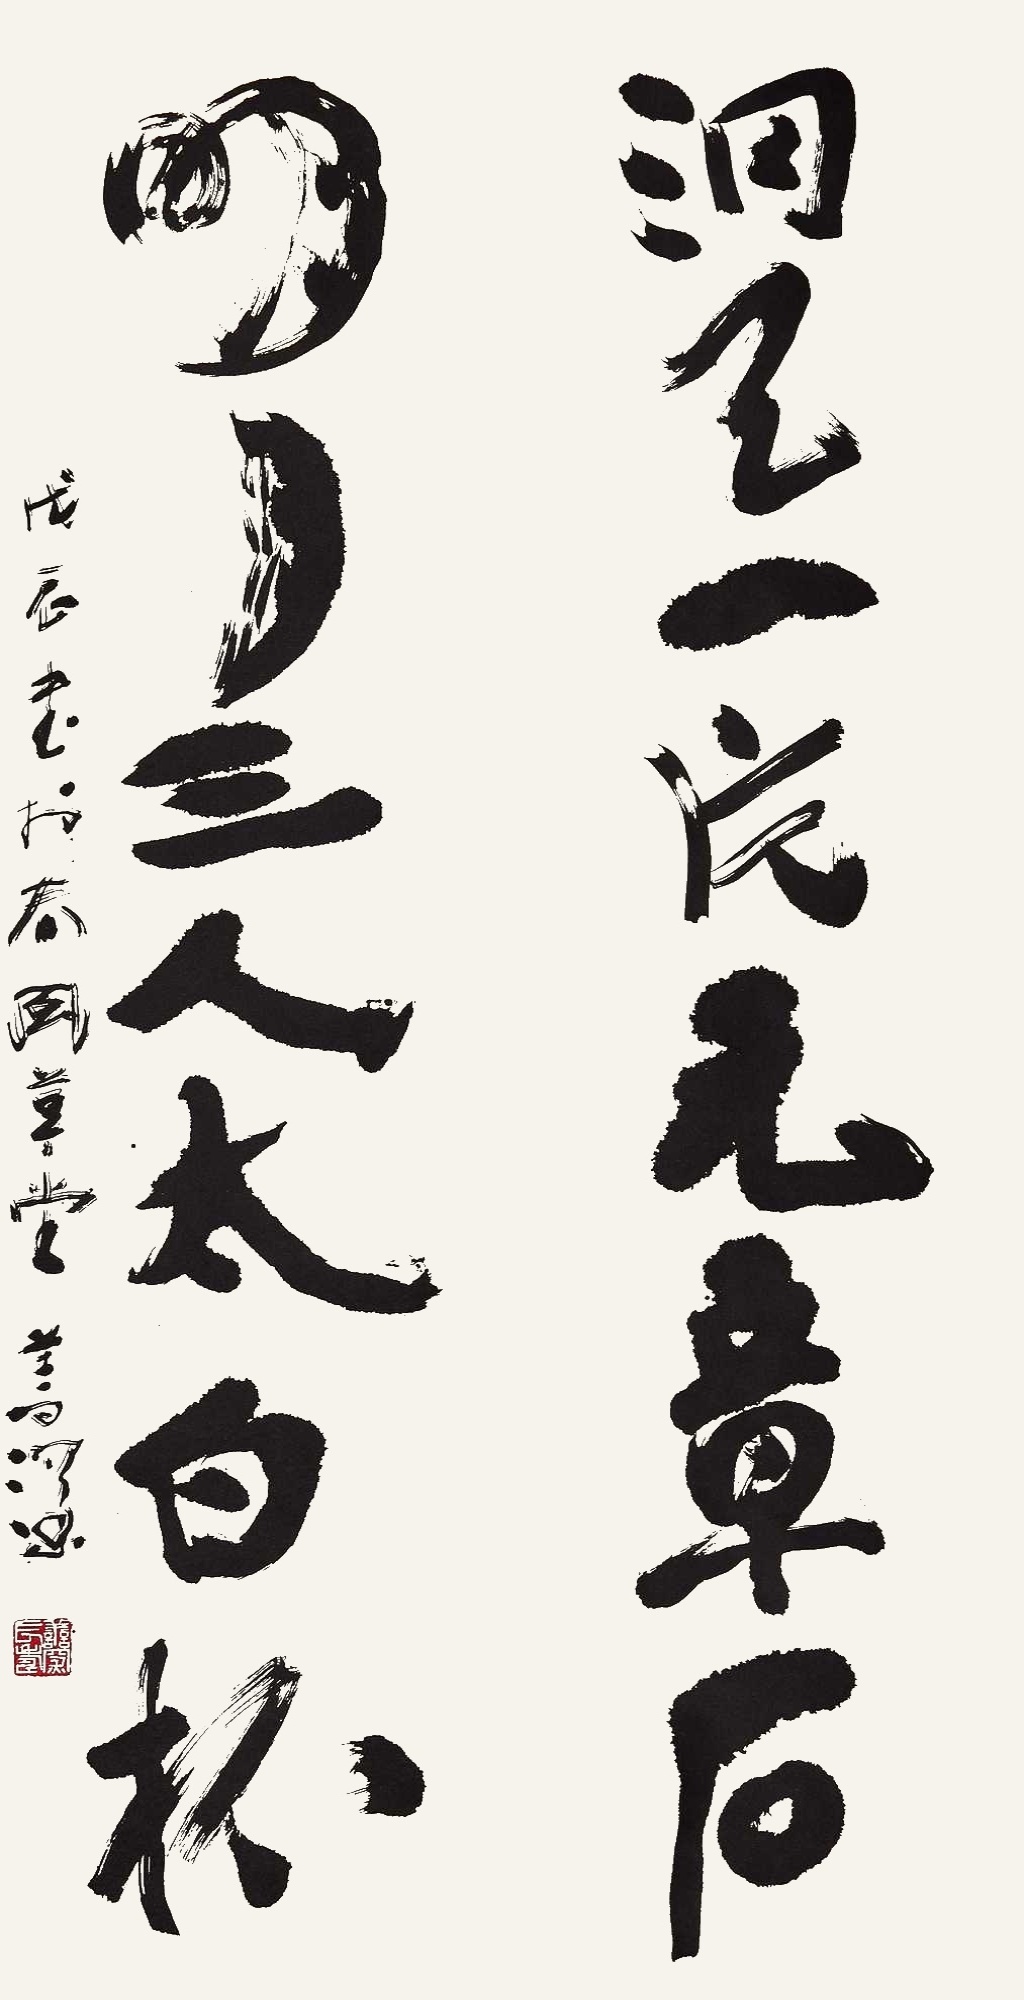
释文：洞天一片元章石，明月三人太白杯。戊辰，书于春风草堂。善深。